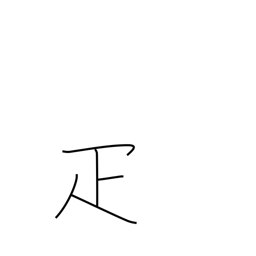
Meaning: counter for animals